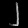
Digit: ၂